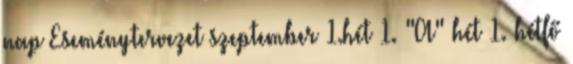
nap Eseménytervezet szeptember 1.hét 1. "A" hét 1. hétfő